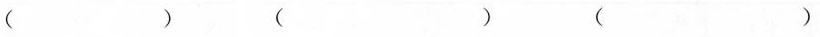
（）（）（）